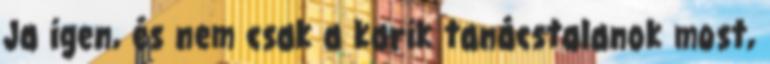
Ja igen, és nem csak a karik tanácstalanok most,